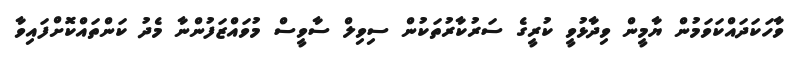
ވާހަކަދައްކަވަމުން ޔާމީން ވިދާޅުވީ ކުރީގެ ސަރުކާރުތަކުން ސިވިލް ސާވީސް މުވައްޒަފުންނާ މެދު ކަންތައްކޮށްފައިވާ